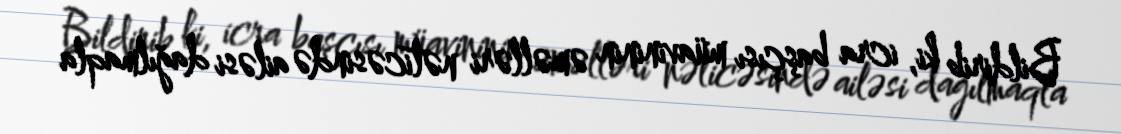
Bildirib ki, icra başçısı müavininin əməlləri nəticəsində ailəsi dağılmaqla